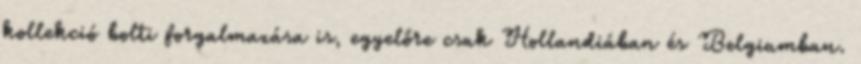
kollekció bolti forgalmazása is, egyelőre csak Hollandiában és Belgiumban.